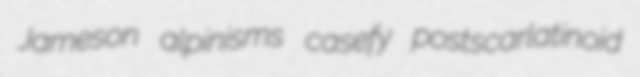
Jameson alpinisms casefy postscarlatinoid